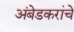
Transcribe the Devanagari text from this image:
अंबेडकरांचे